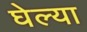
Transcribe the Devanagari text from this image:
घेल्या